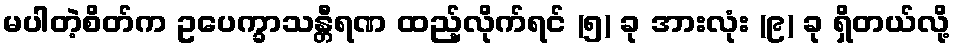
မပါတဲ့စိတ်က ဥပေက္ခာသန္တီရဏ ထည့်လိုက်ရင် (၅) ခု အားလုံး (၉) ခု ရှိတယ်လို့